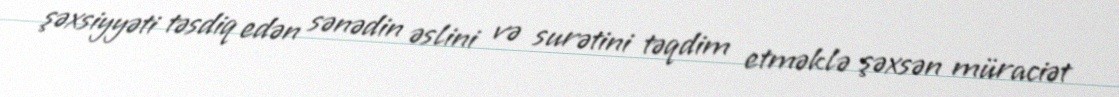
şəxsiyyəti təsdiq edən sənədin əslini və surətini təqdim etməklə şəxsən müraciət